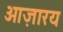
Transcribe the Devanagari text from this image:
ओज़ारय